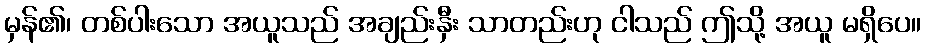
မှန်၏၊ တစ်ပါးသော အယူသည် အချည်းနှီး သာတည်းဟု ငါသည် ဤသို့ အယူ မရှိပေ။